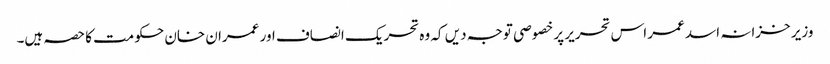
وزیر خزانہ اسد عمر اس تحریر پر خصوصی توجہ دیں کہ وہ تحریک انصاف اور عمران خان حکومت کا حصہ ہیں۔